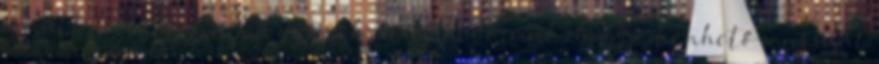
darált dióhoz annyi mogyorókrémet keverünk, hogy jó kenhető masszát